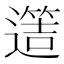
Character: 𨗡